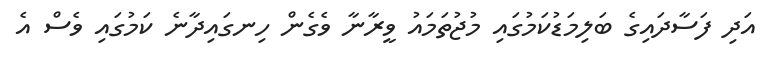
އަދި ފަސާދައިގެ ބަލިމަޑުކަމުގައި މުޖުތަމައު ވީރާނާ ވެގެން ހިނގައިދާނެ ކަމުގައި ވެސް އެ